Leaving Certificate Examination, 1916
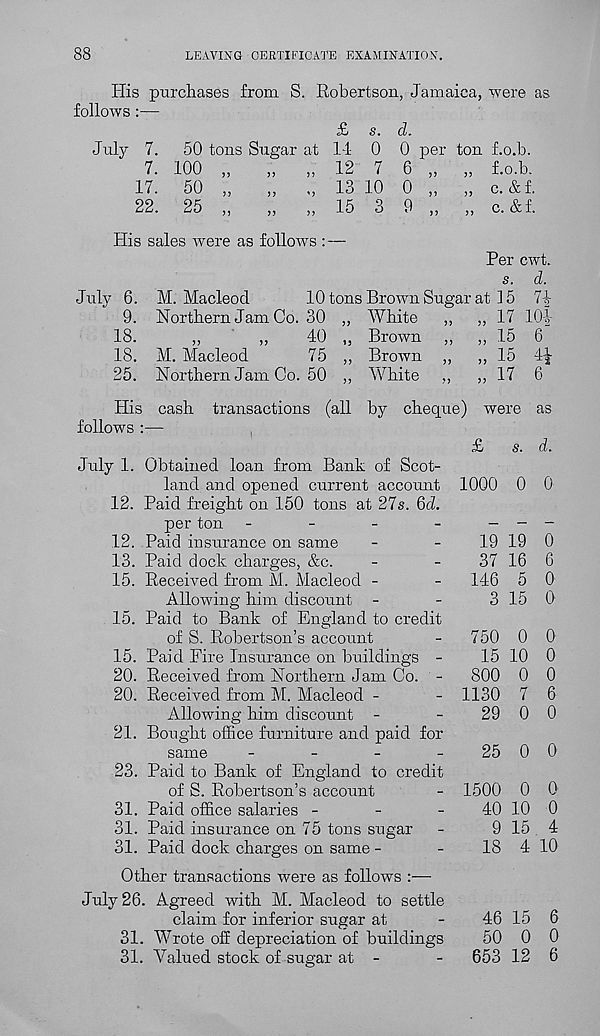
88
LEAVING CERTIFICATE EXAMINATION.
His purchases from S. Robertson, Jamaica, were as
follows :—
July 7.
50 tons Sugar at
7. 100 „
„
„
17.
50 „
„
„
22.
25 „
„
„
£ s. d.
11 0 0 per ton f.o.b.
12 7 6 „
„ f.o.b.
13 10 0 „
„ c. &f.
15 3 9 „
„ c. & f.
His sales were as follows : —
Per cwt.
s. d.
July 6. M. Macleod
10 tons Brown Sugar at 15 7^
9. Northern Jam Co. 30 „ White
,,
,, 17 10|-
18.
„
,,
40 „ Brown ,,
,, 15 6
18. M. Macleod
75 „ Brown „
„ 15 4|
25. Northern Jam Co. 50 ,, White ,,
,, 17 6
His cash
follows :—
transactions (all by cheque) were as
£
s. d.
July 1. Obtained loan from Bank of Scot-
land and opened current account
12. Paid freight on 150 tons at 27s. Qd.
per ton -
-
-
-
12. Paid insurance on same
13. Paid clock charges, &c.
15. Received from M. Macleod -
Allowing him discount -
15. Paid to Bank of England to credit
of S. Robertson’s account
15. Paid Fire Insurance on buildings -
20. Received from Northern Jam Co. -
20. Received from M. Macleod -
Allowing him discount -
21. Bought office furniture and paid for
same
_
_
_
_
23. Paid to Bank of England to credit
of S. Robertson’s account
31. Paid office salaries -
-
-
31. Paid insurance on 75 tons sugar
31. Paid dock charges on same -
1000 0 0
19 19 0
37 16 6
146 5 0
3 15 0
750 0 0
15 10 0
800 0 0
1130 7 6
29 0 0
25 0 0
1500 0 0
40 10 0
9 15 4
18 4 10
Other transactions were as follows :—
July 26. Agreed with M. Macleod to settle
claim for inferior sugar at
-
46 15 6
31. Wrote off depreciation of buildings
50 0 0
31. Valued stock of sugar at -
-
653 12 6